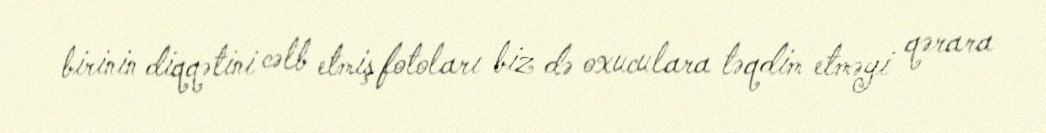
birinin diqqətini cəlb etmiş fotoları biz də oxuculara təqdim etməyi qərara